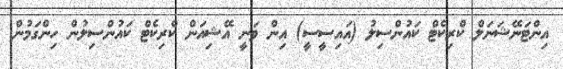
އިންޓަނޭޝަނަލް ކްރިކެޓް ކައުންސިލު (އައިސީސީ) އިން ވަނީ އޭޝިއަން ކްރިކެޓް ކައުންސިލުން ހިންގަމުން